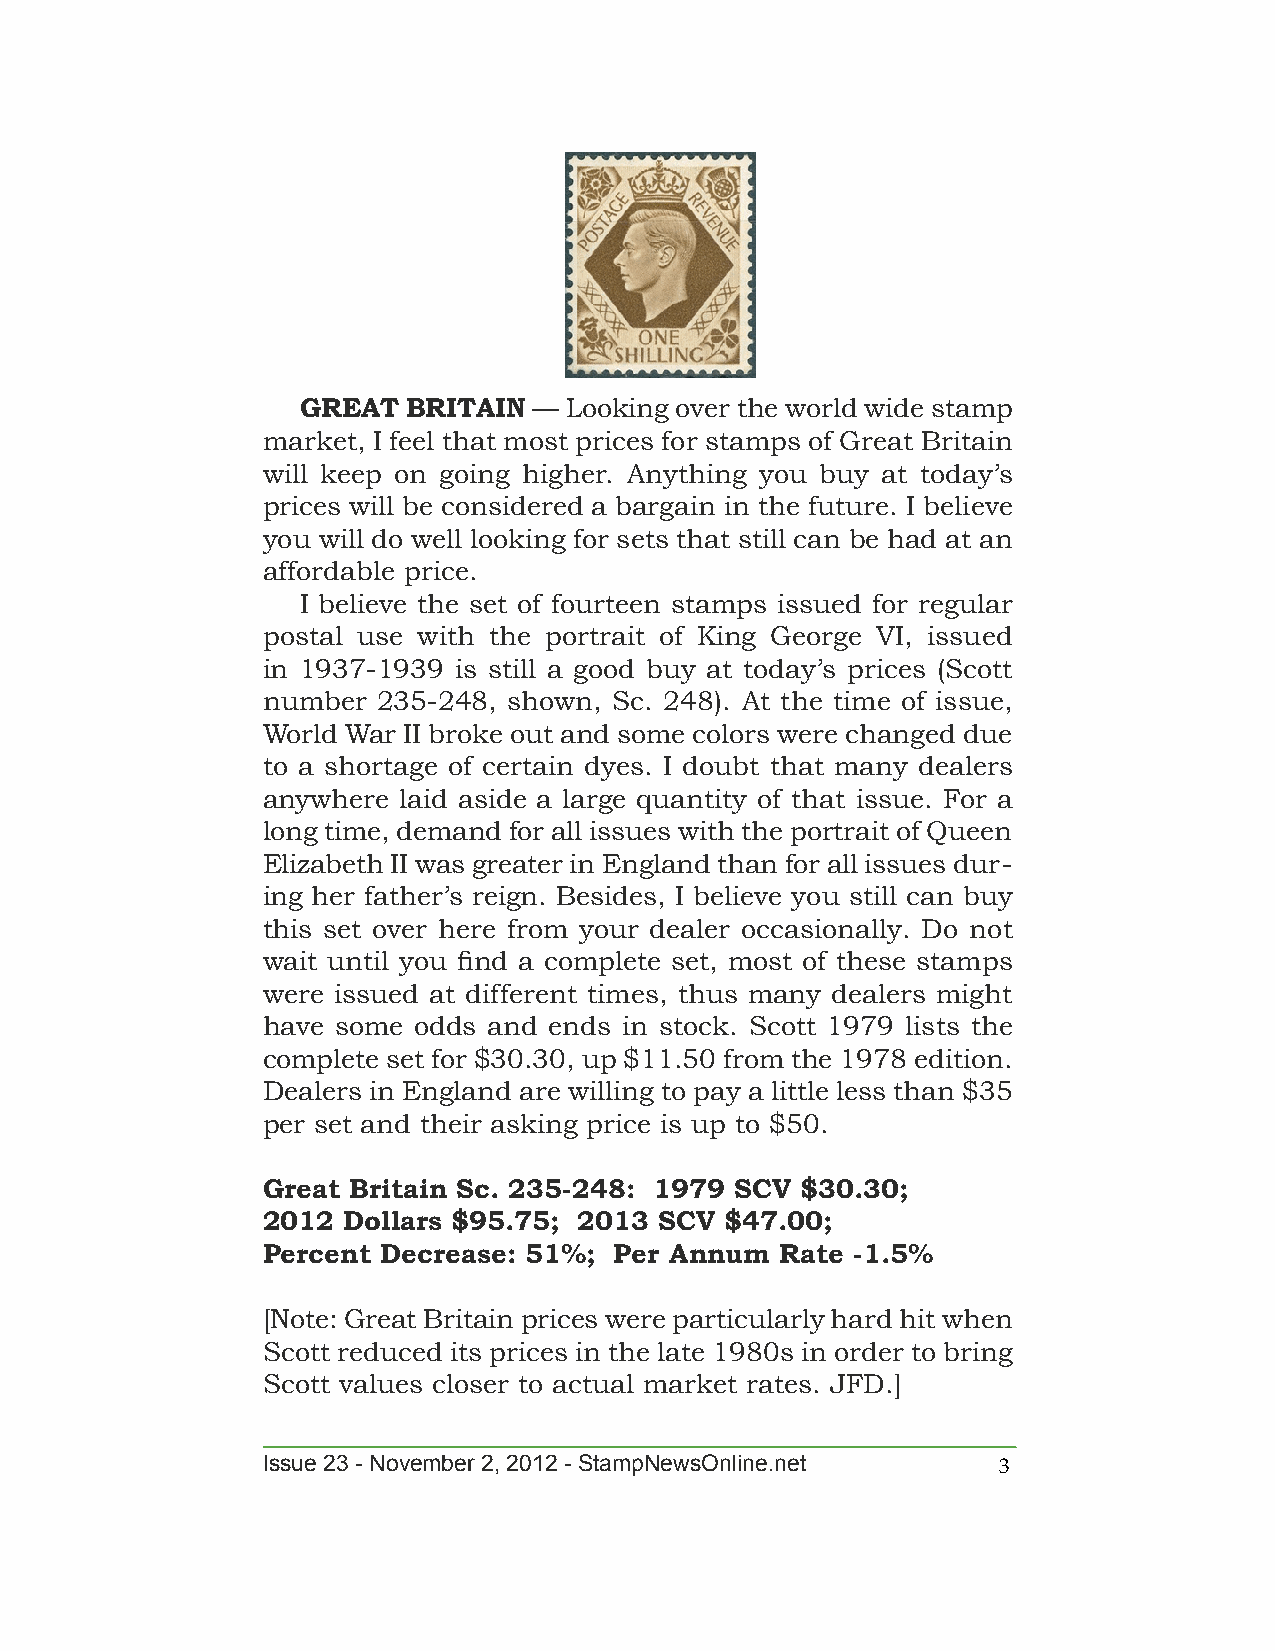
GREAT  BRITAIN —  Looking over the world wide stamp
 market, I feel that most prices for stamps of Great Britain
 will keep on going higher. Anything you buy at today’s
 prices will be considered a bargain in the future. I believe
 you will do well looking for sets that still can be had at an
 affordable price.
 I believe the set of fourteen stamps issued for regular
 postal use with the portrait of King George VI, issued
 in 1937-1939 is still a good buy at today’s prices (Scott
 number  235-248, shown, Sc. 248). At the time of issue,
 World War II broke out and some colors were changed due
 to a shortage of certain dyes. I doubt that many dealers
 anywhere laid aside a large quantity of that issue. For a
 long time, demand for all issues with the portrait of Queen
 Elizabeth II was greater in England than for all issues dur-
 ing her father’s reign. Besides, I believe you still can buy
 this set over here from your dealer occasionally. Do not
 wait until you find a complete set, most of these stamps
 were issued at different times, thus many dealers might
 have some odds and ends in stock. Scott 1979 lists the
 complete set for $30.30, up $11.50 from the 1978 edition.
 Dealers in England are willing to pay a little less than $35
 per set and their asking price is up to $50.
 Great Britain Sc. 235-248: 1979 SCV $30.30;
 2012  Dollars $95.75; 2013 SCV $47.00;
 Percent Decrease: 51%;  Per Annum  Rate -1.5%
 [Note: Great Britain prices were particularly hard hit when
 Scott reduced its prices in the late 1980s in order to bring
 Scott values closer to actual market rates. JFD.]
 Issue 23 - November 2, 2012 - StampNewsOnline.net 